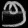
Digit: ၅